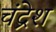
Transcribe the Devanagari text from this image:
चंद्रेश